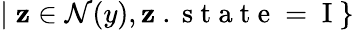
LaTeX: |\; \mathbf{z}\in\mathcal{{N}}(y),\mathbf{z}\mathrm{{~.~s~t~a~t~e~=~I~}}\}